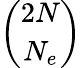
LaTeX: \binom{2N}{N_{e}}